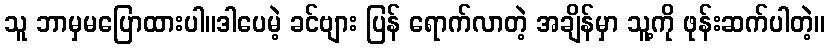
သူ ဘာမှမပြောထားပါ။ဒါပေမဲ့ ခင်ဗျား ပြန် ရောက်လာတဲ့ အချိန်မှာ သူ့ကို ဖုန်းဆက်ပါတဲ့။